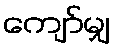
ကျော်မျှ